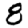
Digit: 8